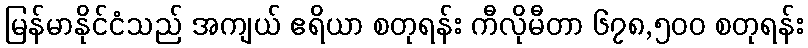
မြန်မာနိုင်ငံသည် အကျယ် ဧရိယာ စတုရန်း ကီလိုမီတာ ၆၇၈,၅၀၀ စတုရန်း